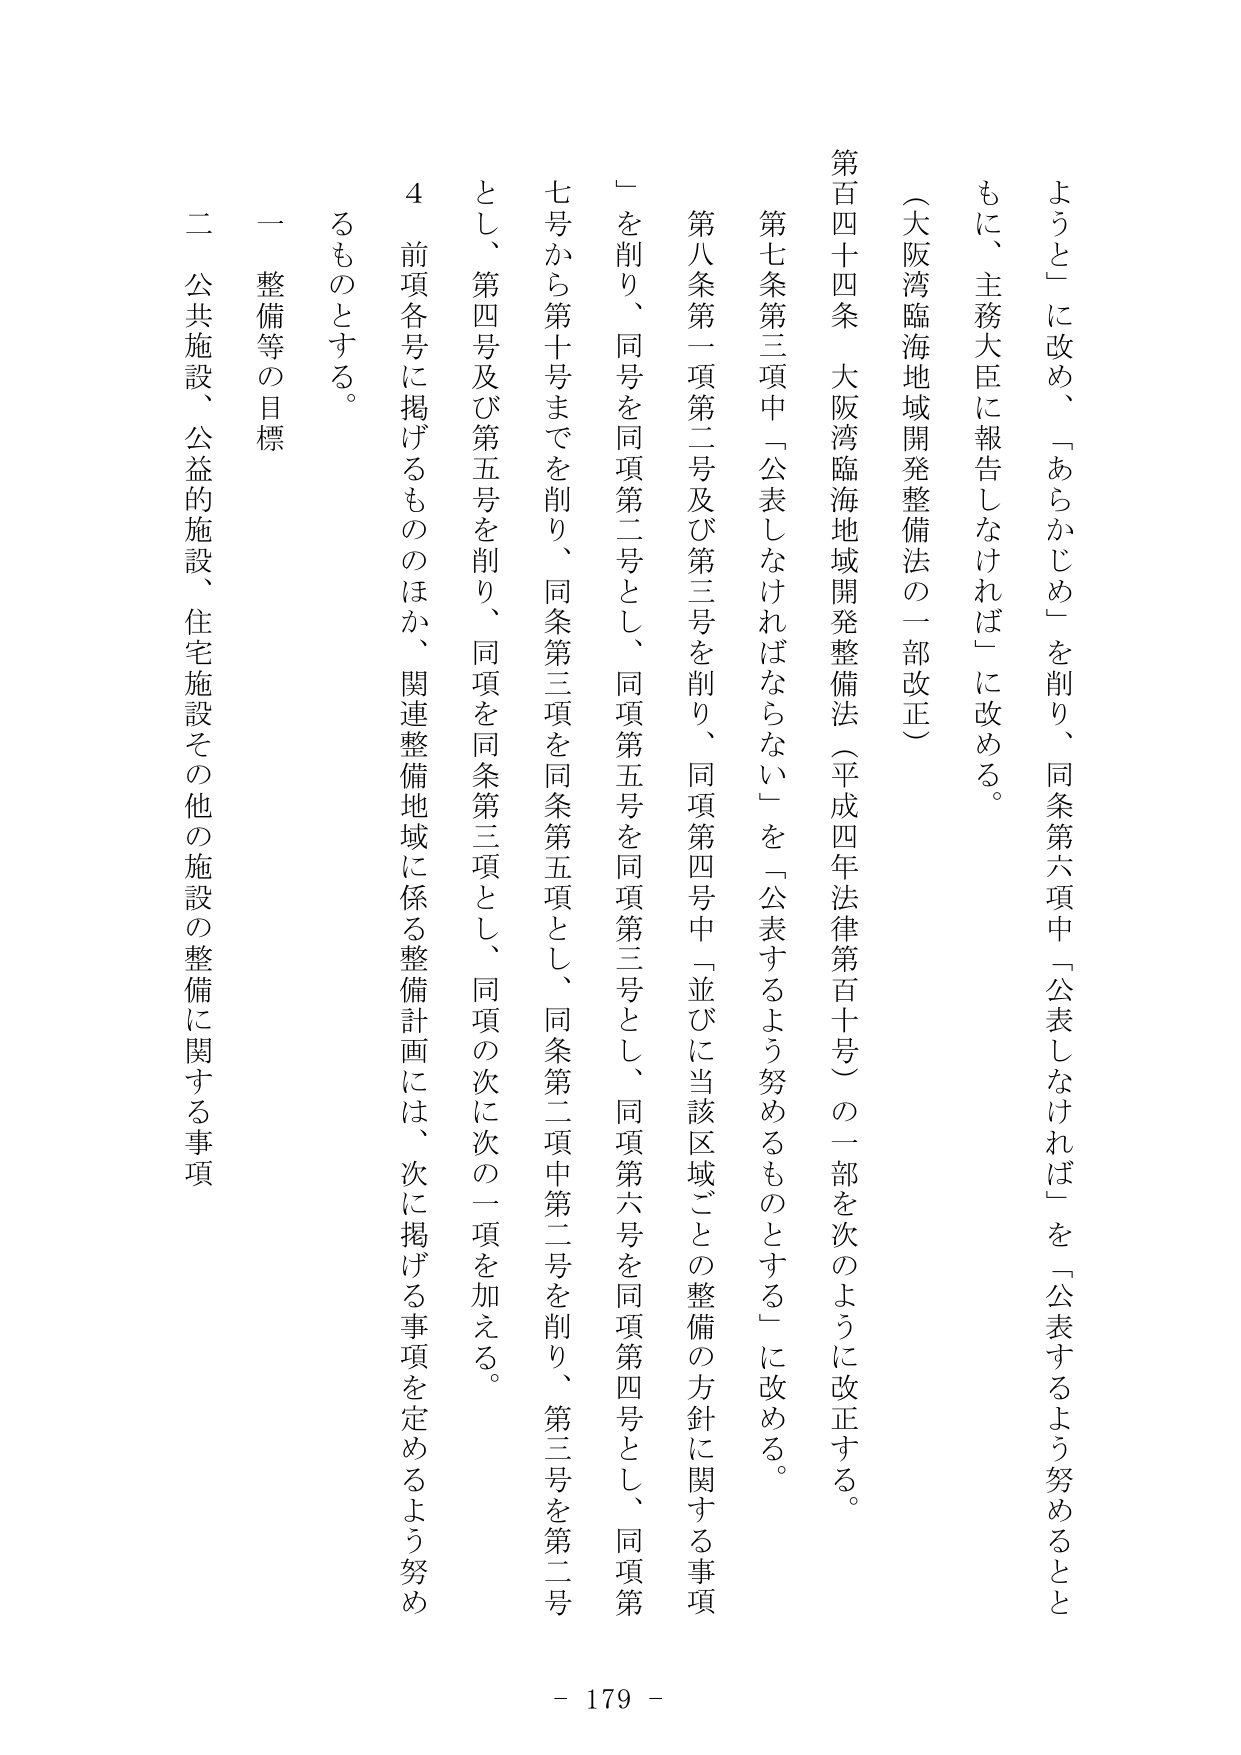
ようと」に改め、「あらかじめ」を削り、同条第六項中「公表しなければ」を「公表するよう努めるとと
もに、主務大臣に報告しなければ」に改める。

（大阪湾臨海地域開発整備法の一部改正）

第百四十四条　大阪湾臨海地域開発整備法（平成四年法律第百十号）の一部を次のように改正する。

第七条第三項中「公表しなければならない」を「公表するよう努めるものとする」に改める。

第八条第一項第二号及び第三号を削り、同項第四号中「並びに当該区域ごとの整備の方針に関する事項
」を削り、同号を同項第二号とし、同項第五号を同項第三号とし、同項第六号を同項第四号とし、同項第
七号から第十号までを削り、同条第三項を同条第五項とし、同条第二項中第二号を削り、第三号を第二号
とし、第四号及び第五号を削り、同項を同条第三項とし、同項の次に次の一項を加える。

４　前項各号に掲げるもののほか、関連整備地域に係る整備計画には、次に掲げる事項を定めるよう努め
るものとする。

一　整備等の目標

二　公共施設、公益的施設、住宅施設その他の施設の整備に関する事項

- 179 -